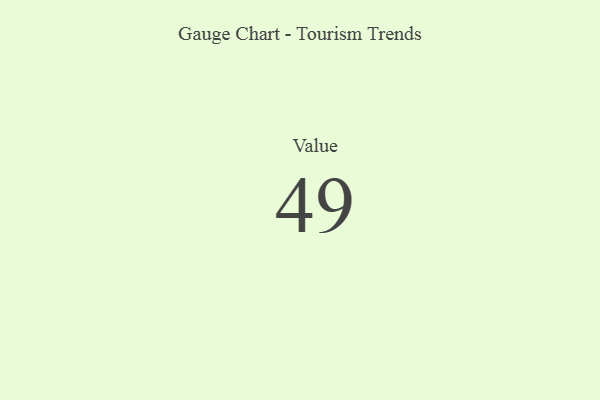
{"axis": {"x": "Metric", "y": "Value"}, "legend": [""], "data": [{"x": "Value", "y": 49, "type": ""}]}